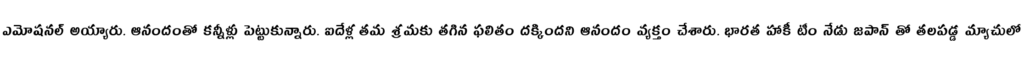
ఎమోషనల్ అయ్యారు. ఆనందంతో కన్నీళ్లు పెట్టుకున్నారు. ఐదేళ్ల తమ శ్రమకు తగిన ఫలితం దక్కిందని ఆనందం వ్యక్తం చేశారు. భారత హాకీ టీం నేడు జపాన్ తో తలపడ్డ మ్యాచులో